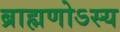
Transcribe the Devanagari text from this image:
ब्राह्मणोऽस्य